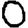
Digit: 0